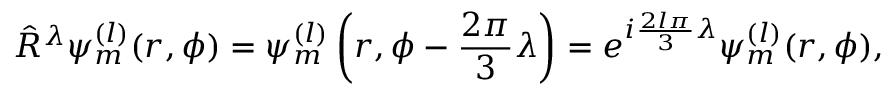
\hat { R } ^ { \lambda } \psi _ { m } ^ { ( l ) } ( r , \phi ) = \psi _ { m } ^ { ( l ) } \left( r , \phi - \frac { 2 \pi } { 3 } \lambda \right) = e ^ { i \frac { 2 l \pi } { 3 } \lambda } \psi _ { m } ^ { ( l ) } ( r , \phi ) ,